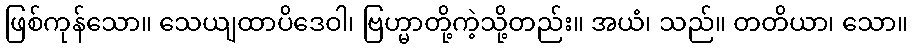
ဖြစ်ကုန်သော။ သေယျထာပိဒေဝါ၊ ဗြဟ္မာတို့ကဲ့သို့တည်း။ အယံ၊ သည်။ တတိယာ၊ သော။